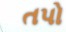
તપો